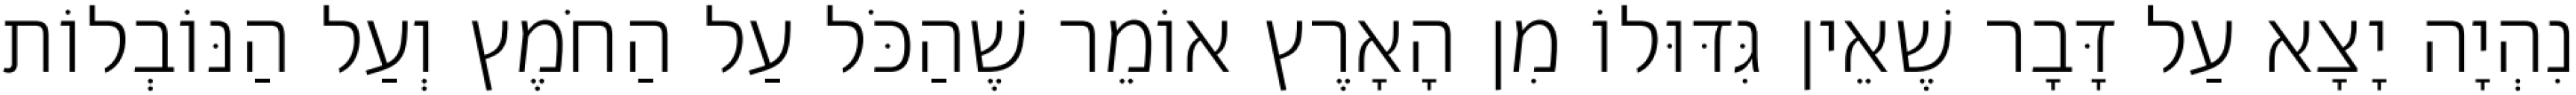
נִהְיָה יָצָא עַל דָּבָר שֶׁאֵין גִּדּוּלוֹ מִן הָאָרֶץ אוֹמֵר שֶׁהַכֹּל עַל הַחֹמֶץ וְעַל הַנּוֹבְלוֹת